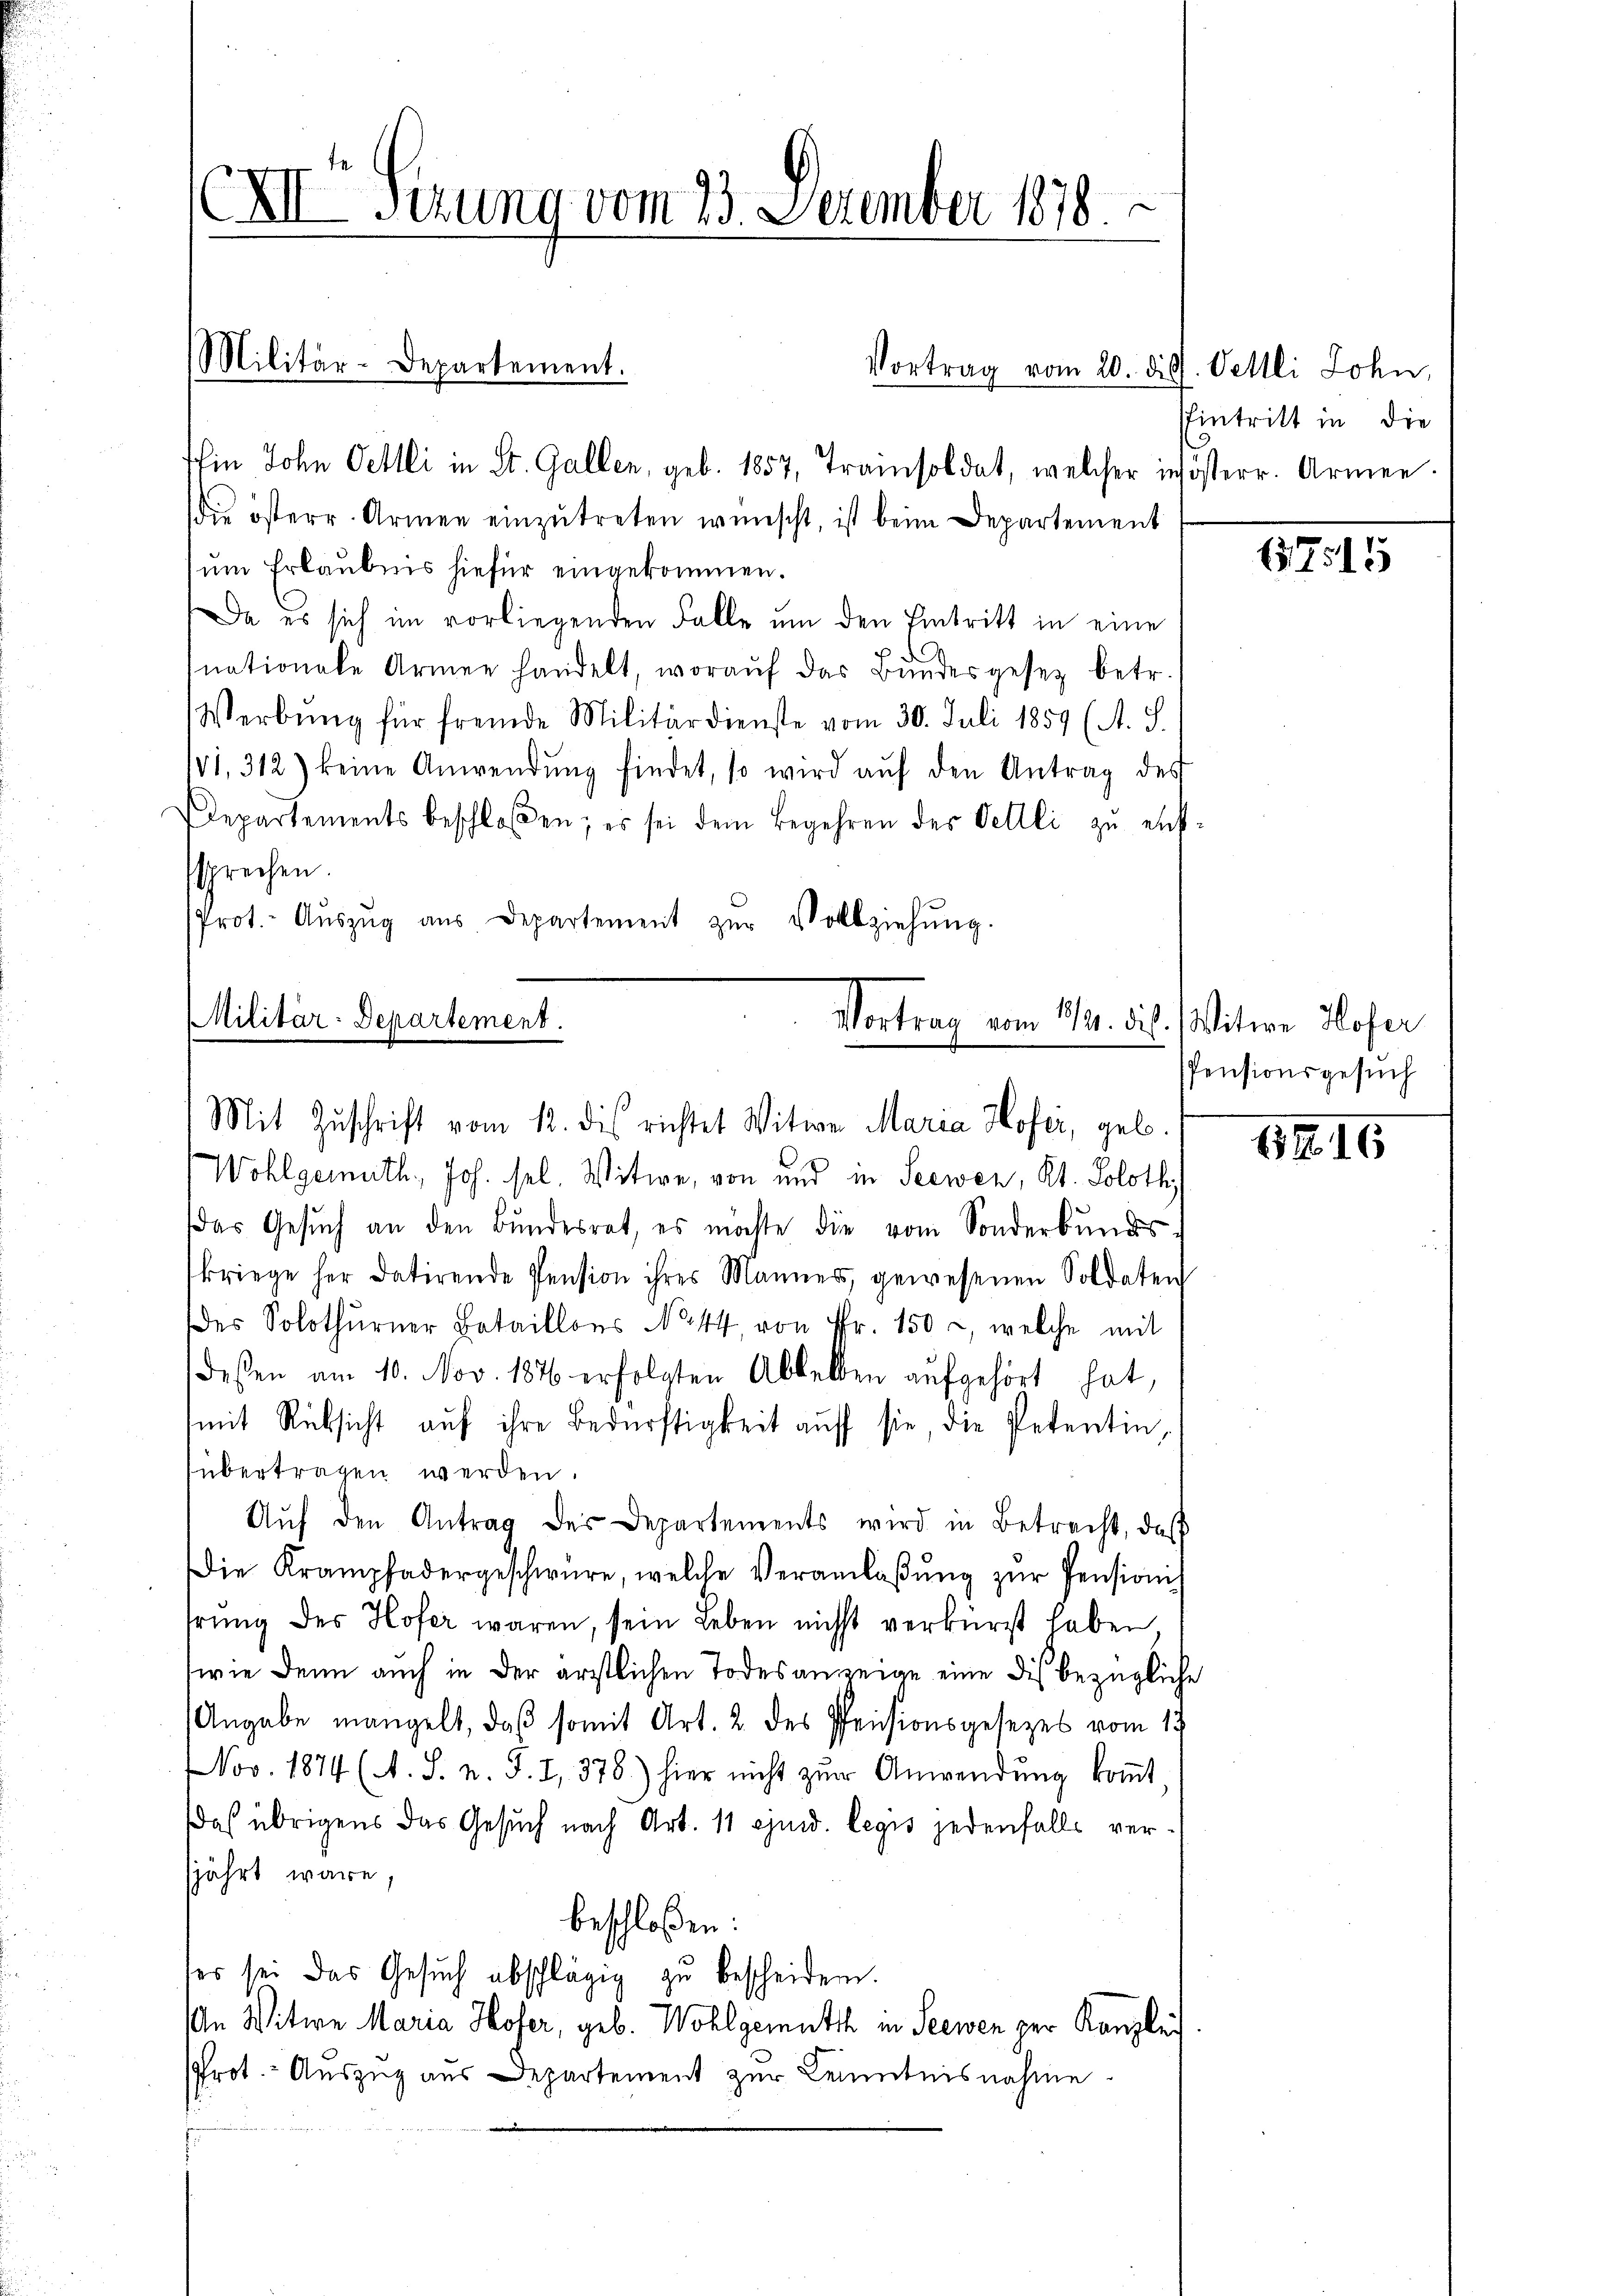
Iin John Oettli in St. Gallen, geb. 1857, Trainsoldat, welcher in österr. Armen.
die österr. Armen einzŭtreten wünscht, ist beim Departement
um Erlaubnis hiefür eingekommen.
Da es sich im vorliegenden Falle um den Eintritt in eine
nationale Armee handelt, woraŭf das Bundesgesetz betr.
Werbung für fremde Militärdienste vom 30. Juli 1859 (A. S.
1,312) keine Anwendŭng findet, so wird aŭf den Antrag des
Departements beschloßen; es sei dem Begehren des Veltli zŭ entssprechen.
Prot. Aŭszŭg aŭs Departement zŭr Vollziehŭng.
181
Militär-Departement.
Vortrag vom 12. dis. Witwe Hofer

XXI Sizung vom 23. Dezember 1878.

Militär-Departement.

Wohlgemuth, Joh. sel. Witwe, von und in Seewen, Kt. Soloth
das Gesŭch an den Bundesrat, es möchte die vom Sonderbundes
kriege her datirende Pension ihres Männers, gewesenen Soldaten
Des Solothurner Bataillons No. 44, von Fr. 150, welche mit
deßen am 10. Nov. 1876 erfolgten Abkellen aufgehört hat.
(mit Rücksicht auf ihre Bedürftigkeit auf sie, die Petentin
übertragen werden.
Aŭf den Antrag des Departements wird in Betracht, daβ
Die Krampfadergeschwüre, welche Veranlaβŭng zŭr Pensionis
hrŭng des Hofer waren, sein Leben nicht verkürzt haben,
wie denn auch in der ärztlichen Todesanzeige eine dis bezügliche
Angabe mangelt, daß somit Art. 2. des Pensionsgesezes vom 13.
Nov. 1874 (A. S. n. F. I, 378.) hier nicht zŭr Anwendŭng koṁt,
daß übrigens das Gesuch nach Art. 11 ejusd. legis jedenfalls versjährt wäre,
beschloßen:
ses sei das Gesŭch abschlägig zu bescheiden.
An Witwe Maria Hofer, geb. Wohlgemuth in Seewen per Kanzlei
Prot. - Auszug aus Departement zur Kenntnisnahme

Vortrag vom 20. die Vettli John,

Mit Zuschrift vom 12. des richtet Witwe Maria Hofer, geb.

Eintritt in die

7515

Pensionsgesuch

HRIG